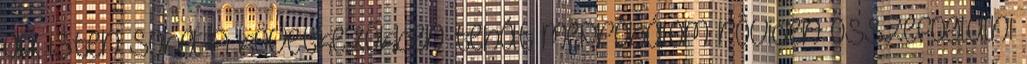
az isten soha. A következőkben tehát mepróbálom röviden összefoglalni